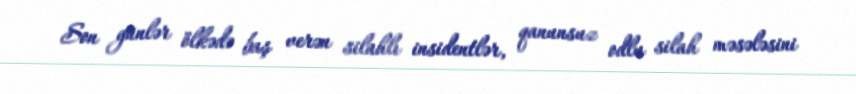
Son günlər ölkədə baş verən silahlı insidentlər, qanunsuz odlu silah məsələsini